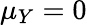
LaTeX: \mu_{Y}=0